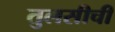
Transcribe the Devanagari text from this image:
तुलसीची